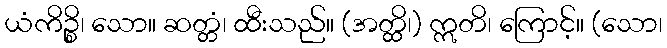
ယံကိဉ္စိ၊ သော။ ဆတ္တံ၊ ထီးသည်။ (အတ္ထိ၊) ဣတိ၊ ကြောင့်။ (သော၊